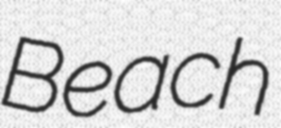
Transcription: Beach